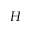
{ \cal H }